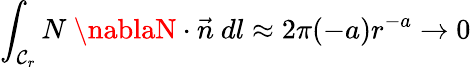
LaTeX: \int_{\mathcal{C}_{r}}N~\nablaN\cdot\vec{{n}}~dl\approx2\pi(-a)r^{-a}\rightarrow0